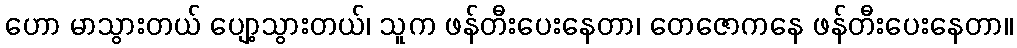
ဟော မာသွားတယ် ပျော့သွားတယ်၊ သူက ဖန်တီးပေးနေတာ၊ တေဇောကနေ ဖန်တီးပေးနေတာ။